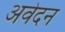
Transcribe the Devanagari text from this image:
अवेदन